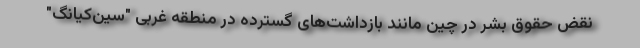
نقض حقوق بشر در چین مانند بازداشت‌های گسترده در منطقه غربی "سین‌کیانگ"